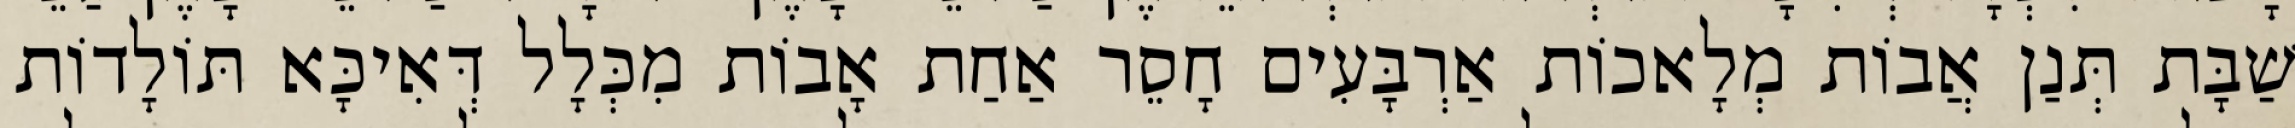
שַׁבָּת תְּנַן אֲבוֹת מְלָאכוֹת אַרְבָּעִים חָסֵר אַחַת אָבוֹת מִכְּלָל דְּאִיכָּא תּוֹלָדוֹת